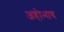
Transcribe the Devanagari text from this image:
अहोभाव